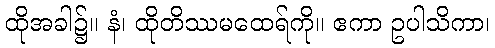
ထိုအခါ၌။ နံ၊ ထိုတိဿမထေရ်ကို။ ဧကာ ဥပါသိကာ၊